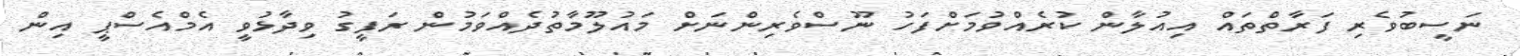
ނަސީބުވެރި ފަރާތްތައް އިއުލާން ކުރެއްވުމަށްފަހު ނޫސްވެރިންނަށް މައުލޫމާތުދެއްވަމުން ރަފީގު ވިދާޅުވީ އެމްއެސްޕީ އިން